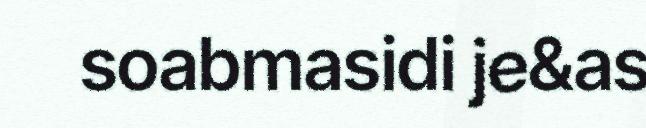
soabmasidi je&as